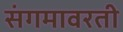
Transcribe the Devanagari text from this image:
संगमावरती